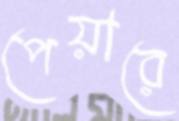
পেয়ারে